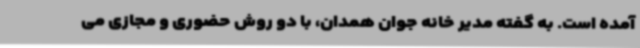
آمده است. به گفته مدیر خانه جوان همدان، با دو روش حضوری و مجازی می